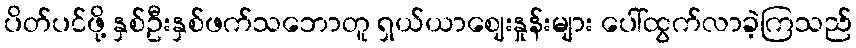
ပိတ်ပင်ဖို့ နှစ်ဦးနှစ်ဖက်သဘောတူ ရှယ်ယာဈေးနှုန်းများ ပေါ်ထွက်လာခဲ့ကြသည်